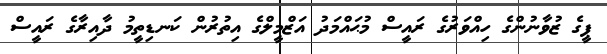
ޕީގެ ޒުވާނުންގެ ހިއްވަރުގެ ރައީސް މުޙައްމަދު އަޒްމީލްގެ އިތުރުން ކަނޑިތީމު ދާއިރާގެ ރައީސް